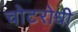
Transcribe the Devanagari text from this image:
चोटरोधी